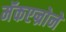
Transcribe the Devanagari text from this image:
मॅकएन्रोने